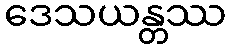
ဒေသယန္တဿ